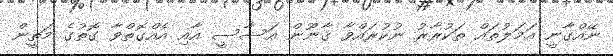
ނޭއްގާނީ އަމަލުތައް ތަކުރާރު ނުކުރައްވާ ޤާނޫން އަސާސީ އާއި އެއްގޮތްވާ ގޮތުގެ މަތީން